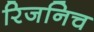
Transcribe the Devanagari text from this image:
रिजनिच